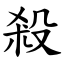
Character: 殺